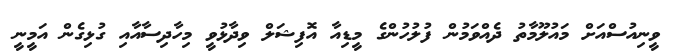
ވީނިއުސްއަށް މައުލޫމާތު ދެއްވަމުން ފުލުހުންގެ މީޑިއާ އޮފިޝަލް ވިދާޅުވީ މިހާދިސާއާއި ގުޅިގެން އަމީނީ